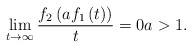
\begin{align*}\lim_{t\rightarrow \infty }\frac{f_{2}\left( af_{1}\left( t\right) \right) }{t}=0a>1. \end{align*}